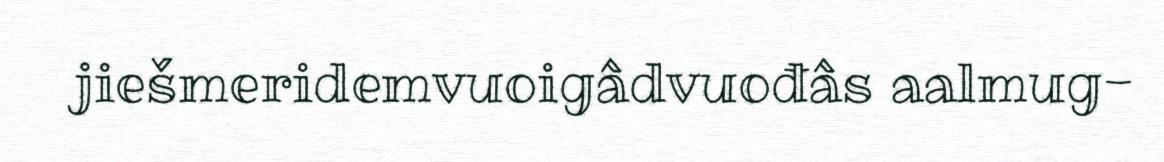
jiešmeridemvuoigâdvuođâs aalmug-